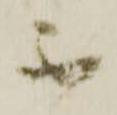
不